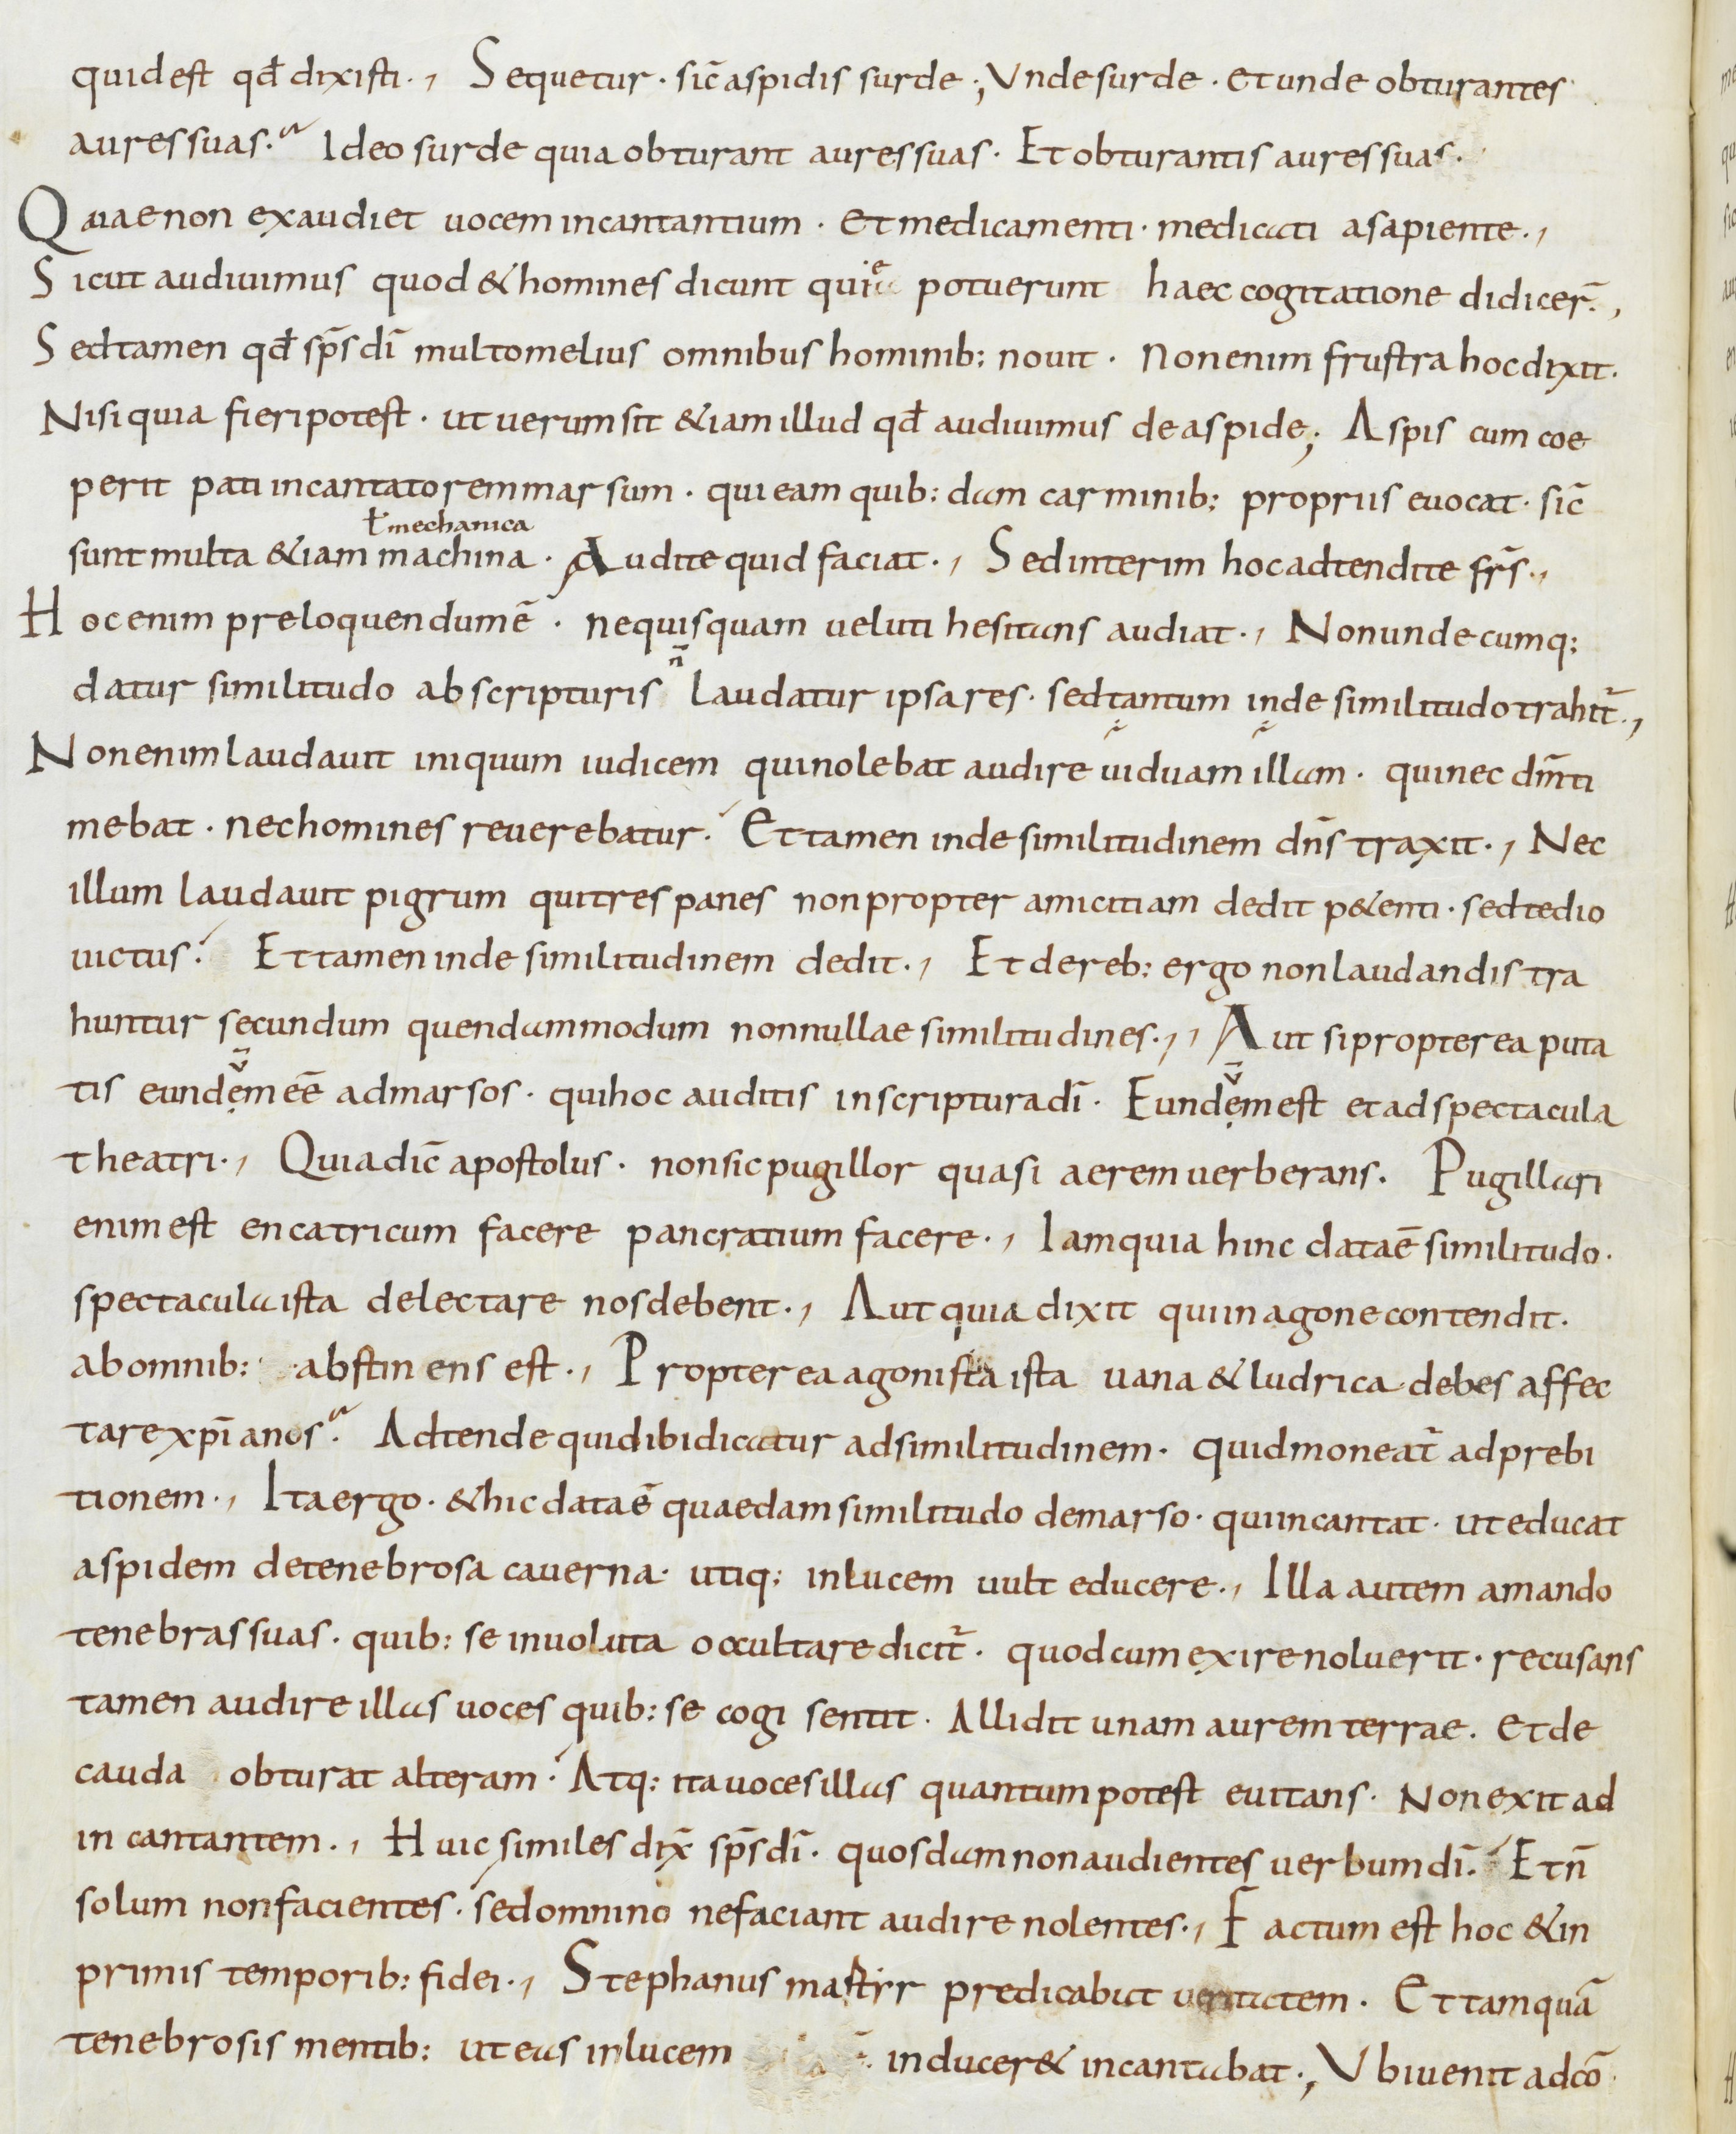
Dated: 800–899